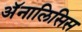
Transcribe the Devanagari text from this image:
अॅनालिसिस